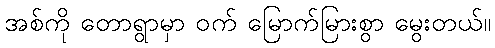
အစ်ကို တောရွာမှာ ဝက် မြောက်မြားစွာ မွေးတယ်။